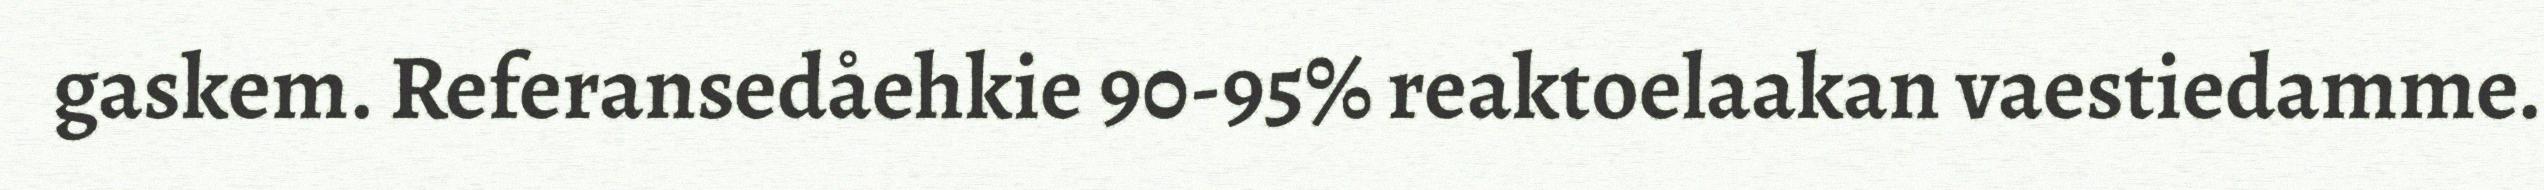
gaskem. Referansedåehkie 90-95% reaktoelaakan vaestiedamme.